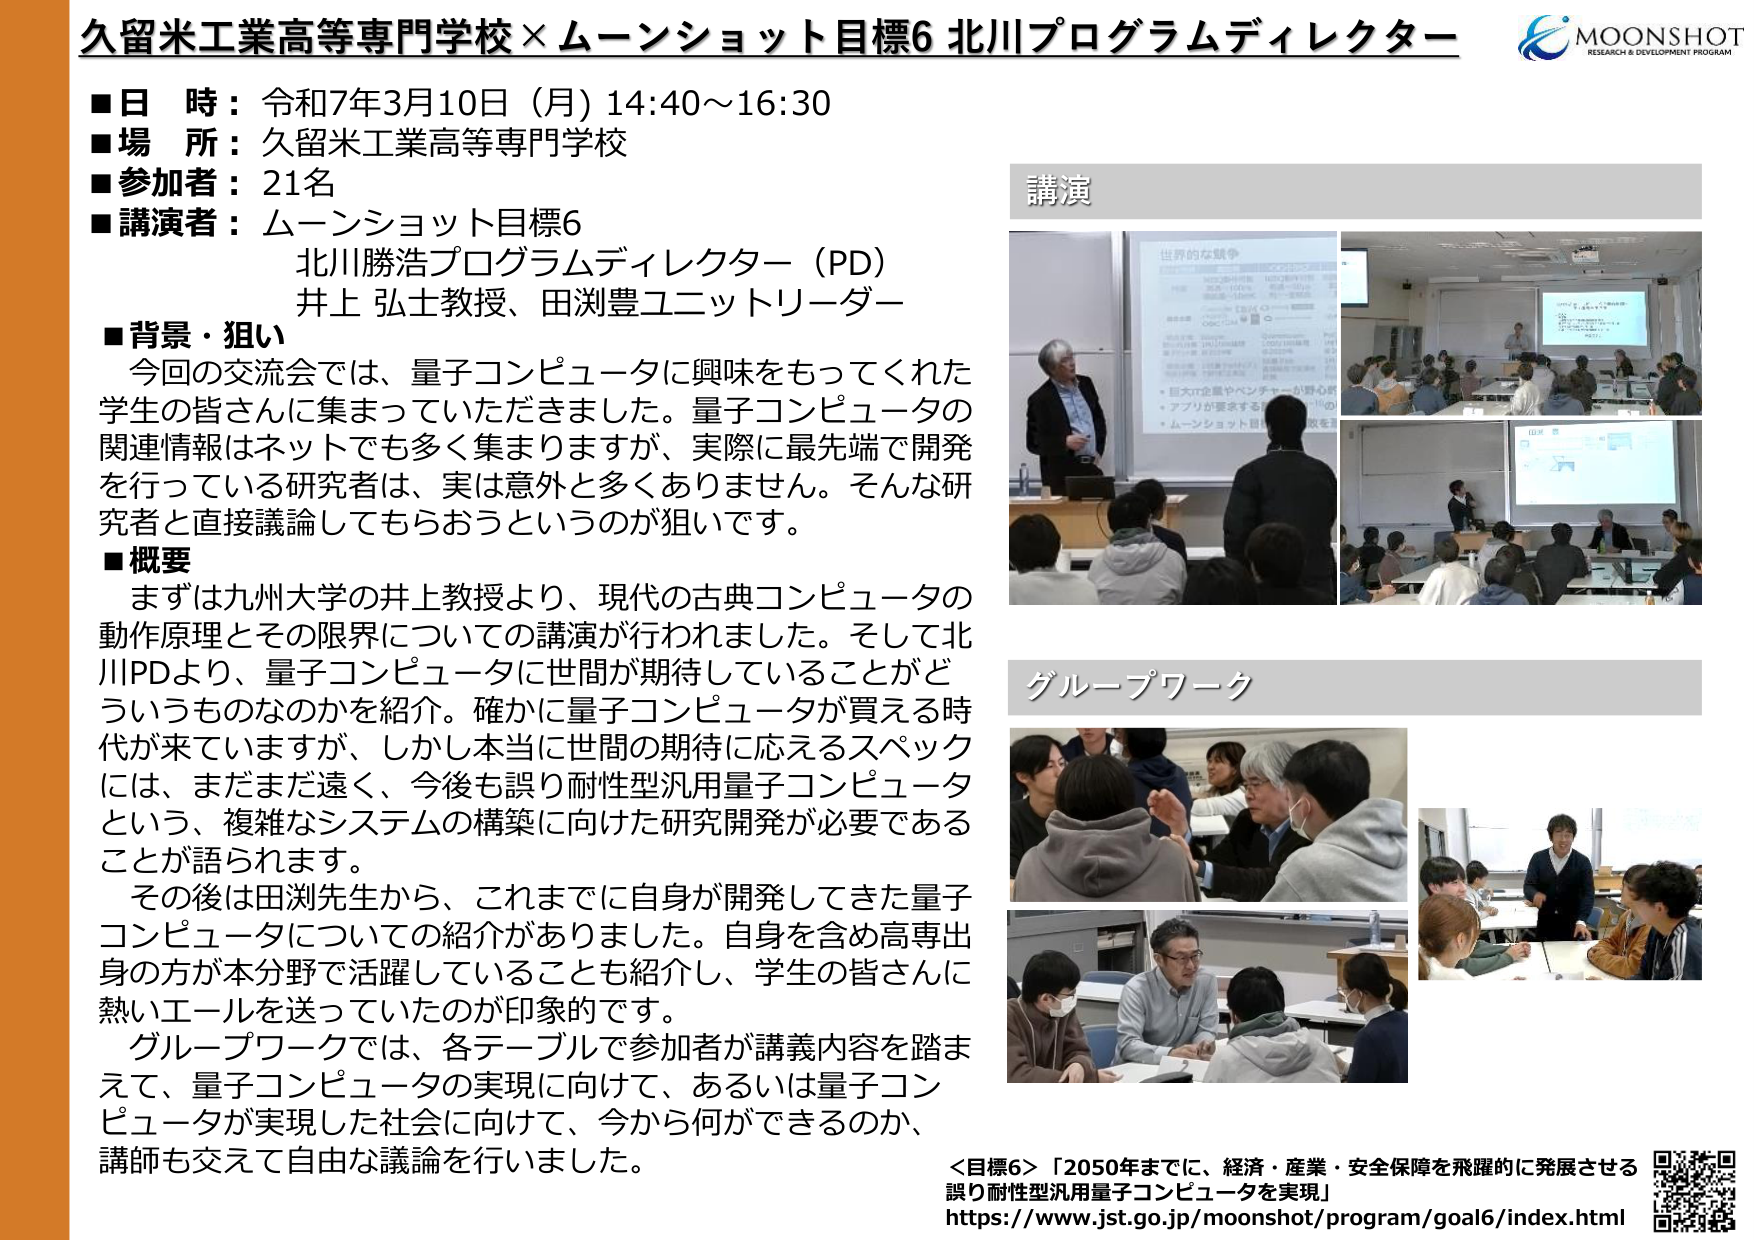
久留米工業高等専門学校 × ムーンショット目標6 北川プログラムディレクター

■日 時：令和7年3月10日（月）14:40～16:30
■場 所：久留米工業高等専門学校
■参加者：21名
■講演者：ムーンショット目標6
　　　　北川勝浩プログラムディレクター（PD）
　　　　井上 弘士教授、田渕豊ユニットリーダー

■背景・狙い
今回の交流会では、量子コンピュータに興味をもってくれた学生の皆さんに集まっていただきました。量子コンピュータの関連情報はネットでも多く集まりますが、実際に最先端で開発を行っている研究者は、実は意外と多くありません。そんな研究者と直接議論してもらおうというのが狙いです。

■概要
まずは九州大学の井上教授より、現代の古典コンピュータの動作原理とその限界についての講演が行われました。そして北川PDより、量子コンピュータに世間が期待していることがどういうものなのかを紹介。確かに量子コンピュータが買える時代が来ていますが、しかし本当に世間の期待に応えるスペックには、まだまだ遠く、今後も誤り耐性型汎用量子コンピュータという、複雑なシステムの構築に向けた研究開発が必要であることが語られます。

その後は田渕先生から、これまでに自身が開発してきた量子コンピュータについての紹介がありました。自身を含め高専出身の方が本分野で活躍していることも紹介し、学生の皆さんに熱いエールを送っていたのが印象的です。

グループワークでは、各テーブルで参加者が講義内容を踏まえて、量子コンピュータの実現に向けて、あるいは量子コンピュータが実現した社会に向けて、今から何ができるのか、講師も交えて自由な議論を行いました。

講演

グループワーク

＜目標6＞「2050年までに、経済・産業・安全保障を飛躍的に発展させる誤り耐性型汎用量子コンピュータを実現」
https://www.jst.go.jp/moonshot/program/goal6/index.html

MOONSHOT
RESEARCH & DEVELOPMENT PROGRAM